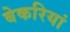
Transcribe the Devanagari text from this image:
बेकरियां